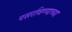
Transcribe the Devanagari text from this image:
पसरविण्याच्या